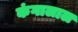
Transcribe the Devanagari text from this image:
कंगालाल